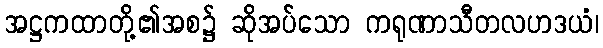
အဋ္ဌကထာတို့၏အစ၌ ဆိုအပ်သော ကရုဏာသီတလဟဒယံ၊